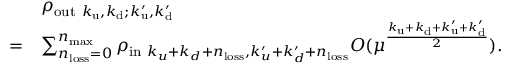
\begin{array} { r l } & { \rho _ { \mathrm { o u t } ~ k _ { \mathrm { u } } , k _ { \mathrm { d } } ; k _ { \mathrm { u } } ^ { \prime } , k _ { \mathrm { d } } ^ { \prime } } } \\ { = } & { \sum _ { n _ { \mathrm { l o s s } } = 0 } ^ { n _ { \mathrm { m a x } } } \rho _ { \mathrm { i n } ~ k _ { u } + k _ { d } + n _ { \mathrm { l o s s } } , k _ { u } ^ { \prime } + k _ { d } ^ { \prime } + n _ { \mathrm { l o s s } } } O ( \mu ^ { \frac { k _ { \mathrm { u } } + k _ { \mathrm { d } } + k _ { \mathrm { u } } ^ { \prime } + k _ { \mathrm { d } } ^ { \prime } } { 2 } } ) . } \end{array}